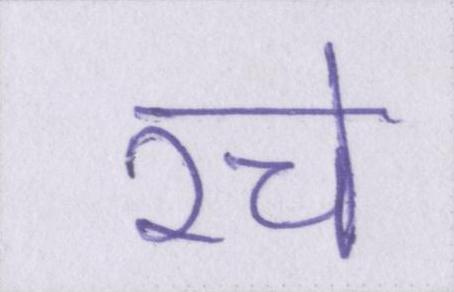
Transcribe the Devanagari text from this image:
रचे